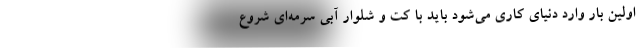
اولین بار وارد دنیای کاری می‌شود باید با کت و شلوار آبی سرمه‌ای شروع